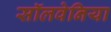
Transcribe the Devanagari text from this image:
सॉलवेनिया